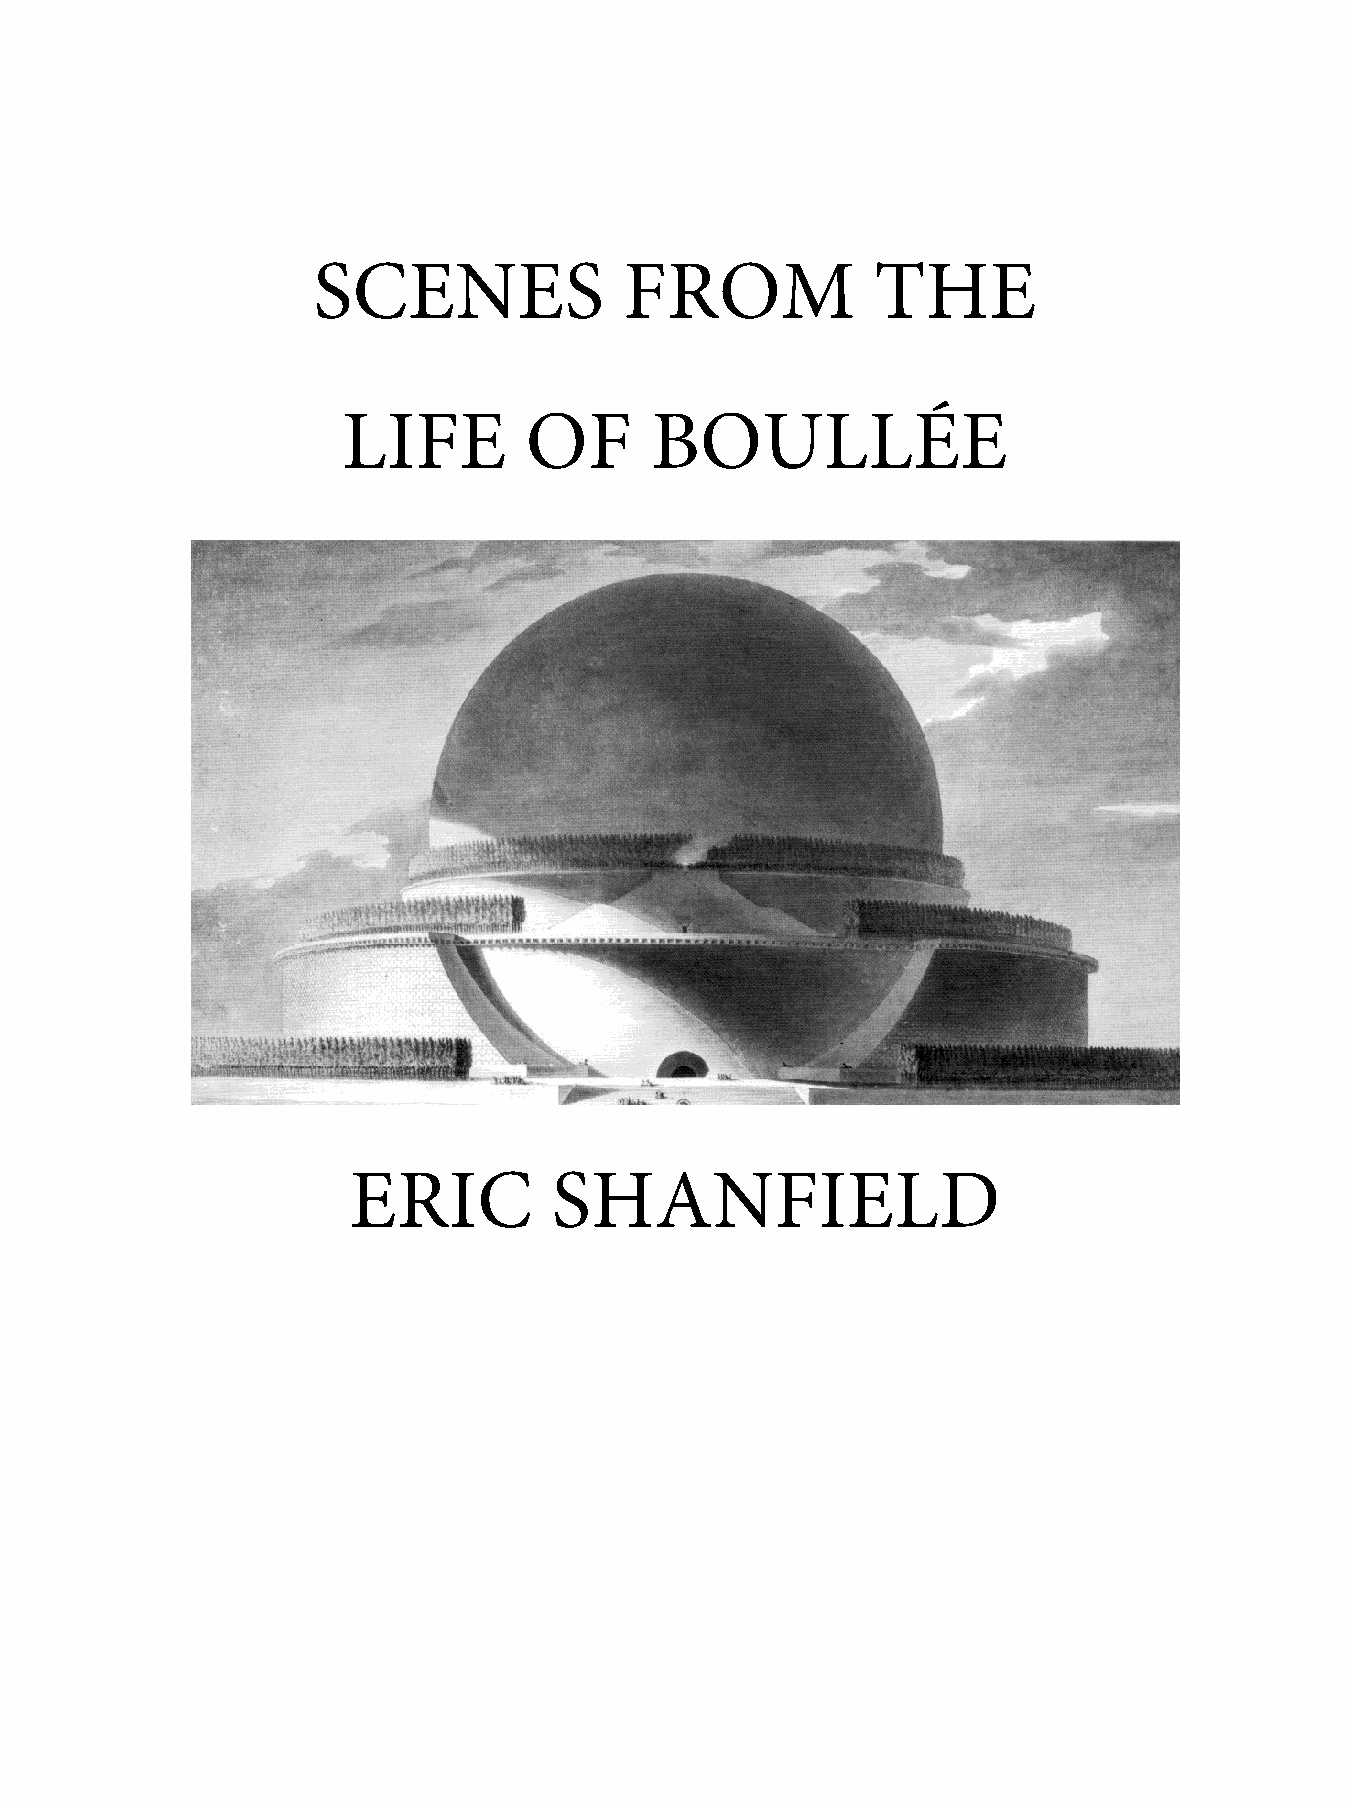
SCENES              FROM             THE
 LIFE        OF      BOULLÉE
 ERIC          SHANFIELD